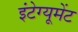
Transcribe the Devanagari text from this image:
इंटेग्यूमेंट